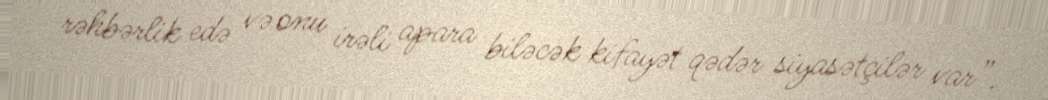
rəhbərlik edə və onu irəli apara biləcək kifayət qədər siyasətçilər var”.